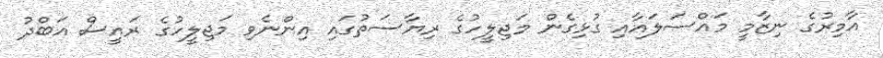
އާމިރުގެ ނިޒާމީ މައްސަލައާއި ގުޅިގެން މަޖިލީހުގެ ރިޔާސަތުގައި އިންނެވި މަޖިލީހުގެ ރައީސް އަބްދު